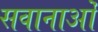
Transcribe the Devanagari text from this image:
सवानाओं